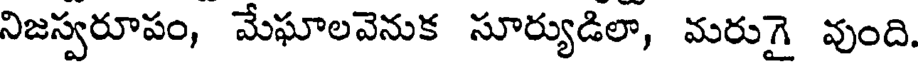
నిజస్వరూపం, మేఘాలవెనుక సూర్యుడిలా, మరుగై వుంది.